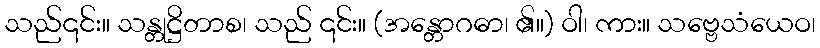
သည်၎င်း။ သန္တုဋ္ဌိတာစ၊ သည် ၎င်း။ (အန္တောဂဓာ၊ ၏။) ဝါ၊ ကား။ သဗ္ဗေသံယေဝ၊